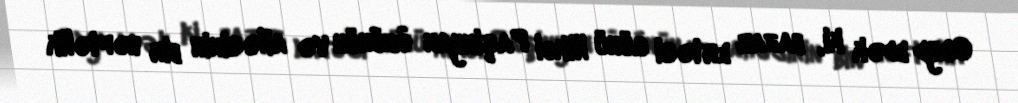
Qeyd edək ki, bazar ertəsi günü Nikol Paşinyan özünün və ailəsinin bir həftəlik